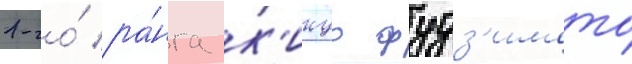
1-го́ ра́нга к'икуо фудз'имото